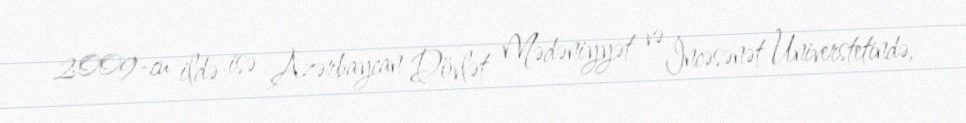
2009-cu ildə isə Azərbaycan Dövlət Mədəniyyət və İncəsənət Universtetində,